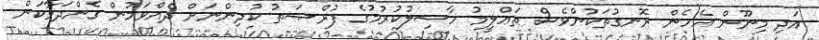
އަދި މިނޫން އެހެން ރޮނގުތަކުންވެސް ތަޢްލީމު ހާސިލުކުރުމުގެ ފުރްޞަތު ކުދިންނަށް ދެއްވަމުން ގެންދަވާކަން